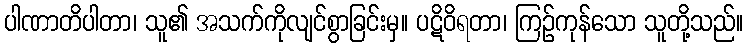
ပါဏာတိပါတာ၊ သူ၏ အသက်ကိုလျင်စွာခြင်းမှ။ ပဋိဝိရတာ၊ ကြဉ်ကုန်သော သူတို့သည်။